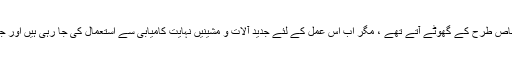
خمیروں کو گھونٹنے کے لئے پہلے لکڑی کے بنے ہوئے خاص طرح کے گھوٹے آتے تھے ، مگر اب اِس عمل کے لئے جدید آلات و مشینیں نہایت کامیابی سے استعمال کی جا رہی ہیں اور جدید تکنیکی آلات سے تیار شدہ خمیرے بہتر مانے جاتے ہیں۔